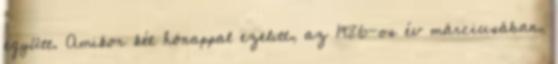
együtt. Amikor két hónappal ezelıtt, az 1986-os év márciusában,